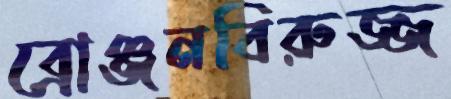
ব্রোঞ্জনবিরুজ্জ